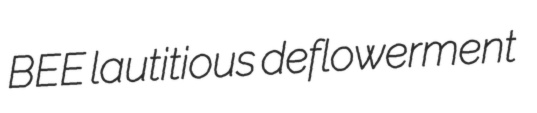
BEE lautitious deflowerment